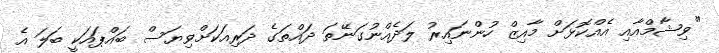
"ވިޝާމްއާއި އެއްކޮޅަށް މާއިޒް ހުންނައިރު ލަދެއްނުގަނޭތަ ދައްތަގެ ދަރިއަކަށްވިޔަސް ބައްޕައަކީ ބަލަ އެ